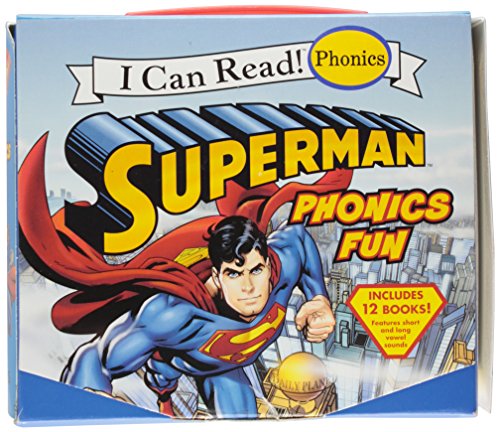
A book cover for Superman Classic: Superman Phonics Fun (Includes 12 Books) (My First I Can Read); Lucy Rosen; Children's Books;